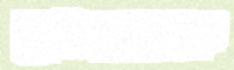
ফ্রাঙ্কোকে